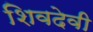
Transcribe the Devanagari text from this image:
शिवदेवी